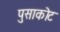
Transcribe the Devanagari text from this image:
पुसाकोट